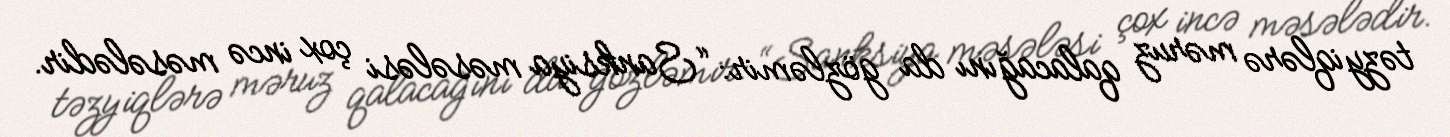
təzyiqlərə məruz qalacağını da gözləmir: “Sanksiya məsələsi çox incə məsələdir.